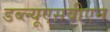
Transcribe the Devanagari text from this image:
डब्ल्यूएसवीएन